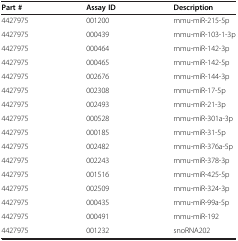
<table><thead><tr><td><b>Part #</b></td><td><b>Assay ID</b></td><td><b>Description</b></td></tr></thead><tbody><tr><td>4427975</td><td>001200</td><td>mmu-miR-215-5p</td></tr><tr><td>4427975</td><td>000439</td><td>mmu-miR-103-1-3p</td></tr><tr><td>4427975</td><td>000464</td><td>mmu-miR-142-3p</td></tr><tr><td>4427975</td><td>000465</td><td>mmu-miR-142-5p</td></tr><tr><td>4427975</td><td>002676</td><td>mmu-miR-144-3p</td></tr><tr><td>4427975</td><td>002308</td><td>mmu-miR-17-5p</td></tr><tr><td>4427975</td><td>002493</td><td>mmu-miR-21-3p</td></tr><tr><td>4427975</td><td>000528</td><td>mmu-miR-301a-3p</td></tr><tr><td>4427975</td><td>000185</td><td>mmu-miR-31-5p</td></tr><tr><td>4427975</td><td>002482</td><td>mmu-miR-376a-5p</td></tr><tr><td>4427975</td><td>002243</td><td>mmu-miR-378-3p</td></tr><tr><td>4427975</td><td>001516</td><td>mmu-miR-425-5p</td></tr><tr><td>4427975</td><td>002509</td><td>mmu-miR-324-3p</td></tr><tr><td>4427975</td><td>000435</td><td>mmu-miR-99a-5p</td></tr><tr><td>4427975</td><td>000491</td><td>mmu-miR-192</td></tr><tr><td>4427975</td><td>001232</td><td>snoRNA202</td></tr></tbody></table>